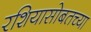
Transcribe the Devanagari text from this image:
रशियासोबतच्या